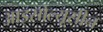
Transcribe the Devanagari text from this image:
आइसोल्यूसीन